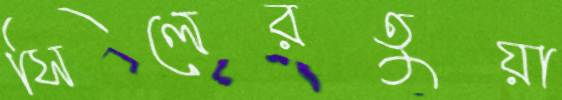
সিলেরতুয়া